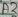
Text: A2